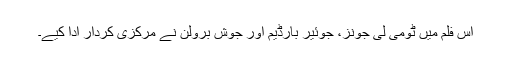
اس فلم میں ٹومی لی جونز، جوئیر بارڈیم اور جوش برولن نے مرکزی کردار ادا کیے۔